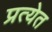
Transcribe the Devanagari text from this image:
प्रत्येत